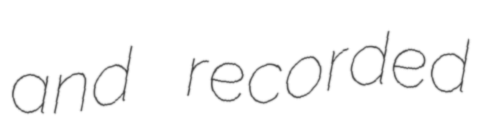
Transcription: and recorded